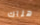
هناك